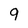
Character: 9